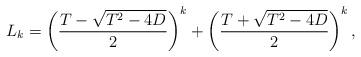
LaTeX: \begin{align*} L_k & = \left(\frac{T - \sqrt{T^2-4D}}{2}\right)^{k} + \left(\frac{T + \sqrt{T^2 -4D}}{2}\right)^{k}, \end{align*}